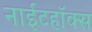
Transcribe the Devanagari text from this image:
नाईटहॉक्स